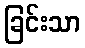
ခြင်းသာ